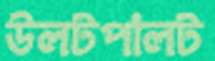
উলটপালট